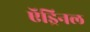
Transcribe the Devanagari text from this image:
ऍड्रिनल